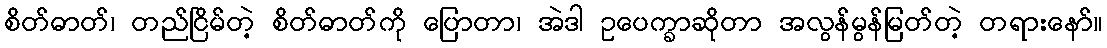
စိတ်ဓာတ်၊ တည်ငြိမ်တဲ့ စိတ်ဓာတ်ကို ပြောတာ၊ အဲဒါ ဥပေက္ခာဆိုတာ အလွန်မွန်မြတ်တဲ့ တရားနော်။